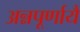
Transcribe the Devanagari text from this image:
अन्नपूर्णायै